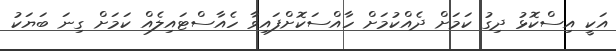
އަކީ އިސްކޮޅު ދިގު ކަމަށް ދެއްކުމަށް ހާއްސަކޮށްފައިވާ ހެއާސްޓައިލެއް ކަމަށް ގިނަ ބަޔަކު